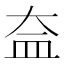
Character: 𥁋